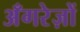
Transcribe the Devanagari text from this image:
अँगरेज़ों